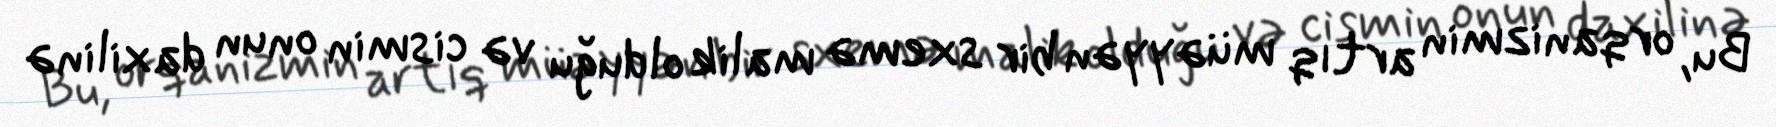
Bu, orqanizmin artıq müəyyən bir sxemə malik olduğu və cismin onun daxilinə